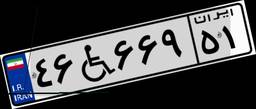
۴۶W۶۶۹۵۱